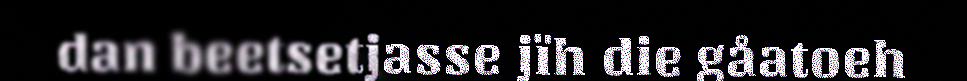
dan beetsetjasse jïh die gåatoeh